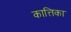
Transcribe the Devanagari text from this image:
कात्तिका